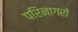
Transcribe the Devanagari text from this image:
परिनागरों